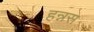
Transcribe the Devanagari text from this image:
हन्नस